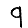
Digit: 9